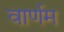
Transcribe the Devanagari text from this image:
वार्णम